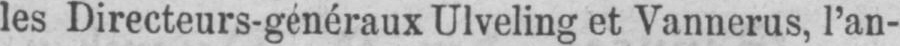
les Directeurs-généraux Ulveling et Vannerus, l’an-